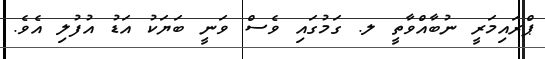
ޕްރައިމަރީ ނުބާއްވާތީ ލ. ގަމުގައި ވެސް ވަނީ ބަޔަކު އަޑު އުފުލި އެވެ.